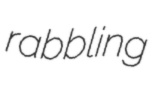
rabbling